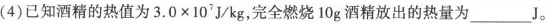
(4)已知酒精的热值为$$3.0\times 10^{7}J/kg$$，完全燃烧10g酒精放出的热量为___J。